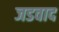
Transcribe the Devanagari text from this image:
जडवाद